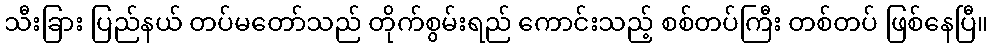
သီးခြား ပြည်နယ် တပ်မတော်သည် တိုက်စွမ်းရည် ကောင်းသည့် စစ်တပ်ကြီး တစ်တပ် ဖြစ်နေပြီ။